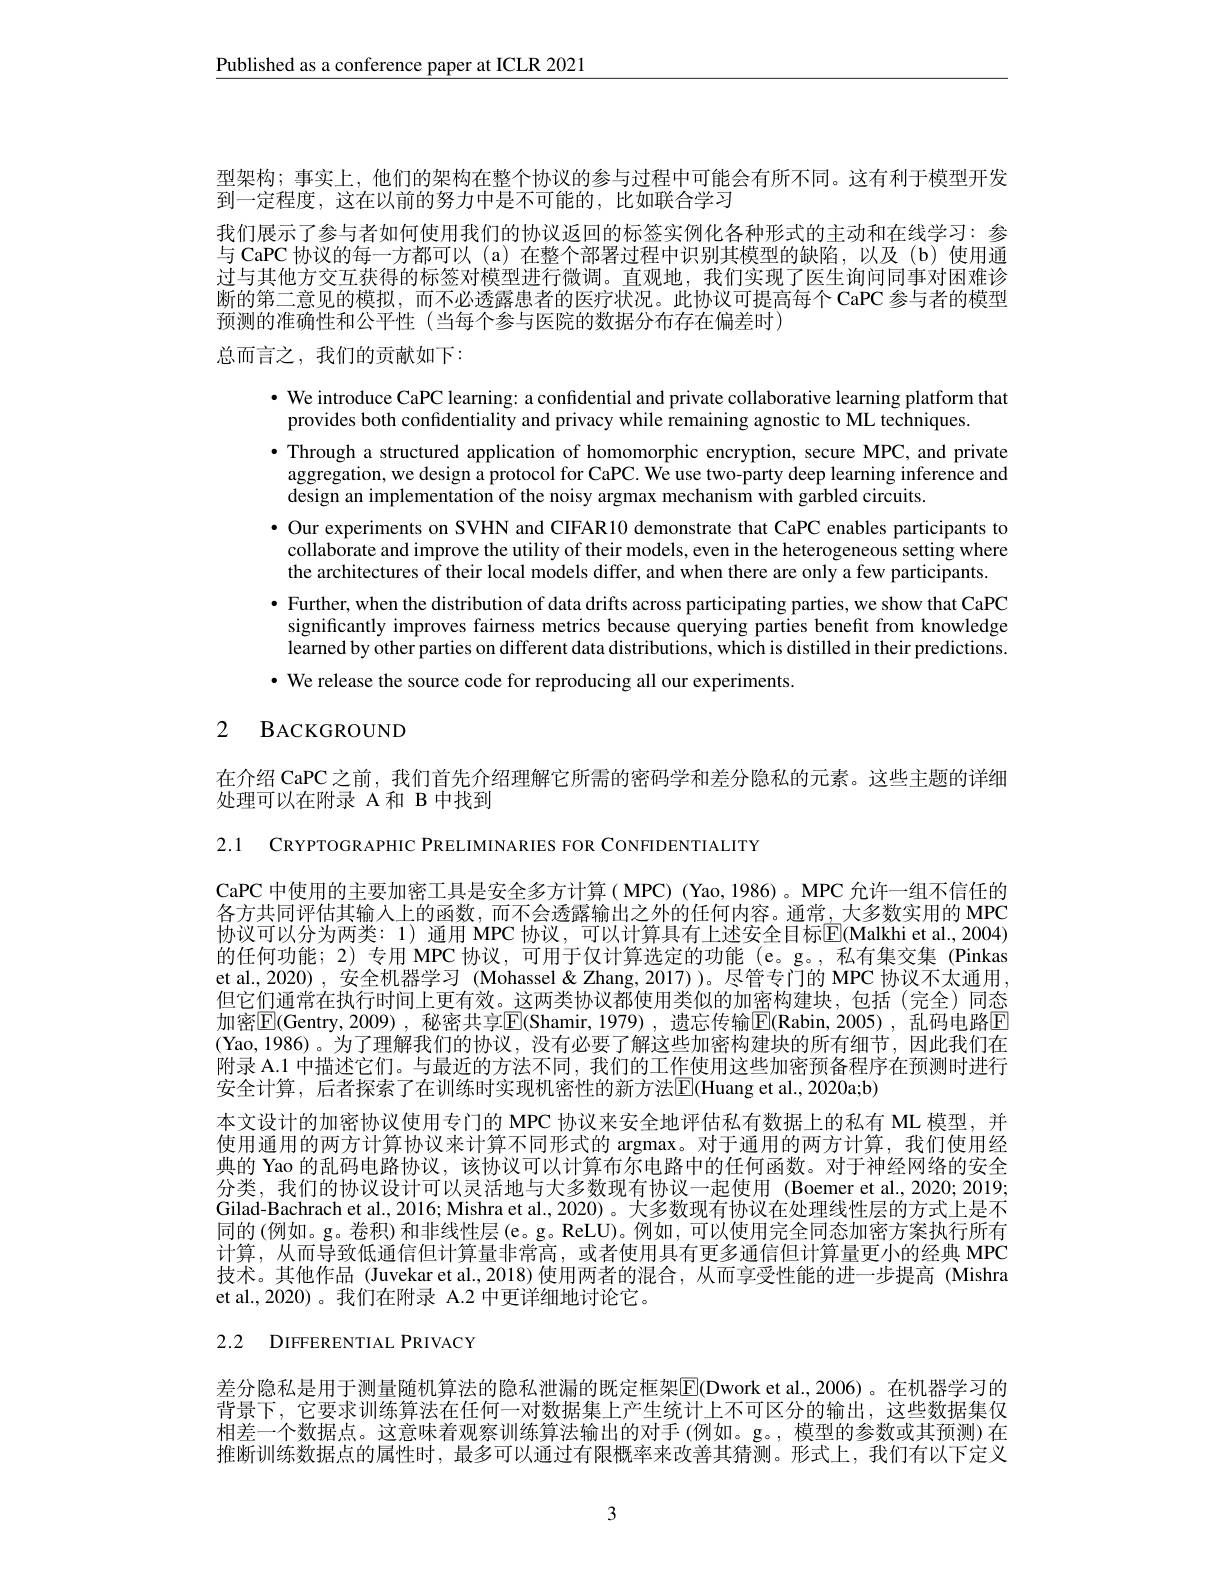
$\underline{\text{Published as a conference paper at ICLR 2021}}$

型架构；事实上，他们的架构在整个协议的参与过程中可能会有所不同。这有利于模型开发
到一定程度，这在以前的努力中是不可能的，比如联合学习
我们展示了参与者如何使用我们的协议返回的标签实例化各种形式的主动和在线学习：参与 CaPC 协议的每一方都可以 (a)在整个部署过程中识别其模型的缺陷，以及(b)使用通过与其他方交互获得的标签对模型进行微调。直观地，我们实现了医生询问同事对困难诊断的第二意见的模拟，而不必透露患者的医疗状况。此协议可提高每个CaPC 参与者的模型预测的准确性和公平性(当每个参与医院的数据分布存在偏差时)
总而言之，我们的贡献如下：

· We introduce CaPC learning: a confidential and private collaborative learning platform that
provides both confidentiality and privacy while remaining agnostic to ML techniques.
·Through a structured application of homomorphic encryption, secure MPC, and private
aggregation, we design a protocol for CaPC. We use two-party deep learning inference and
design an implementation of the noisy argmax mechanism with garbled circuits.
· Our experiments on SVHN and CIFAR10 demonstrate that CaPC enables participants to
collaborate and improve the utility of their models, even in the heterogeneous setting where
the architectures of their local models differ, and when there are only a few participants.
$\bullet$ Further, when the distribution of data drifts across participating parties, we show that CaPC
significantly improves fairness metrics because querying parties benefit from knowledge learned by other parties on different data distributions, which is distilled in their predictions.
$\bullet$ We release the source code for reproducing all our experiments.

## 2 BACKGROUND

在介绍 CaPC之前，我们首先介绍理解它所需的密码学和差分隐私的元素。这些主题的详细
处理可以在附录 A 和 B 中找到

2.1 CRYPTOGRAPHIC PRELIMINARIES FOR CONFIDENTIALITY

CaPC 中使用的主要加密工具是安全多方计算( MPC) (Yao, 1986)。MPC 允许一组不信任的各方共同评估其输入上的函数，而不会透露输出之外的任何内容。通常，大多数实用的 MPC 协议可以分为两类：1)通用 MPC 协议，可以计算具有上述安全目标$\overline{\mathrm{E}}($Malkhi et al.,2004) 的任何功能；2)专用 MPC 协议，可用于仅计算选定的功能 (e。g。,私有集交集 (Pinkas et al., 2020) , 安全机器学习 (Mohassel&Zhang, 2017))。尽管专门的 MPC 协议不太通用， 但它们通常在执行时间上更有效。这两类协议都使用类似的加密构建块，包括(完全)同态加密$\overline{\mathrm{E}}($Gentry,2009) , 秘密共享$\overline{\mathrm{E}}($Shamir,1979) ,遗忘传输$\overline{\mathrm{E}}($Rabin,2005) ,乱码电路$\overline{\mathrm{E}}$ (Yao,1986)。为了理解我们的协议，没有必要了解这些加密构建块的所有细节，因此我们在附录 A.1 中描述它们。与最近的方法不同，我们的工作使用这些加密预备程序在预测时进行安全计算，后者探索了在训练时实现机密性的新方法$\boxed{\mathrm{F}}($Huang et al., 2020a;b)
本文设计的加密协议使用专门的 MPC 协议来安全地评估私有数据上的私有 ML 模型，并使用通用的两方计算协议来计算不同形式的 argmax。对于通用的两方计算，我们使用经典的 Yao 的乱码电路协议，该协议可以计算布尔电路中的任何函数。对于神经网络的安全分类，我们的协议设计可以灵活地与大多数现有协议一起使用 (Boemer et al.,2020; 2019; Gilad-Bachrach et al., 2016; Mishra et al., 2020)。大多数现有协议在处理线性层的方式上是不同的 (例如。g。卷积) 和非线性层 (e。g。ReLU)。例如，可以使用完全同态加密方案执行所有计算，从而导致低通信但计算量非常高，或者使用具有更多通信但计算量更小的经典 MPC 技术。其他作品 (Juvekar et al.,2018)使用两者的混合，从而享受性能的进一步提高 (Mishra et al.,2020) 。我们在附录 A.2 中更详细地讨论它。

2.2 DIFFERENTIAL PRIVACY

差分隐私是用于测量随机算法的隐私泄漏的既定框架$\boxed{\mathrm{E}}($Dwork et al,2006)。在机器学习的背景下，它要求训练算法在任何一对数据集上产生统计上不可区分的输出，这些数据集仅相差一个数据点。这意味着观察训练算法输出的对手(例如。g。,模型的参数或其预测)在推断训练数据点的属性时，最多可以通过有限概率来改善其猜测。形式上，我们有以下定义

3